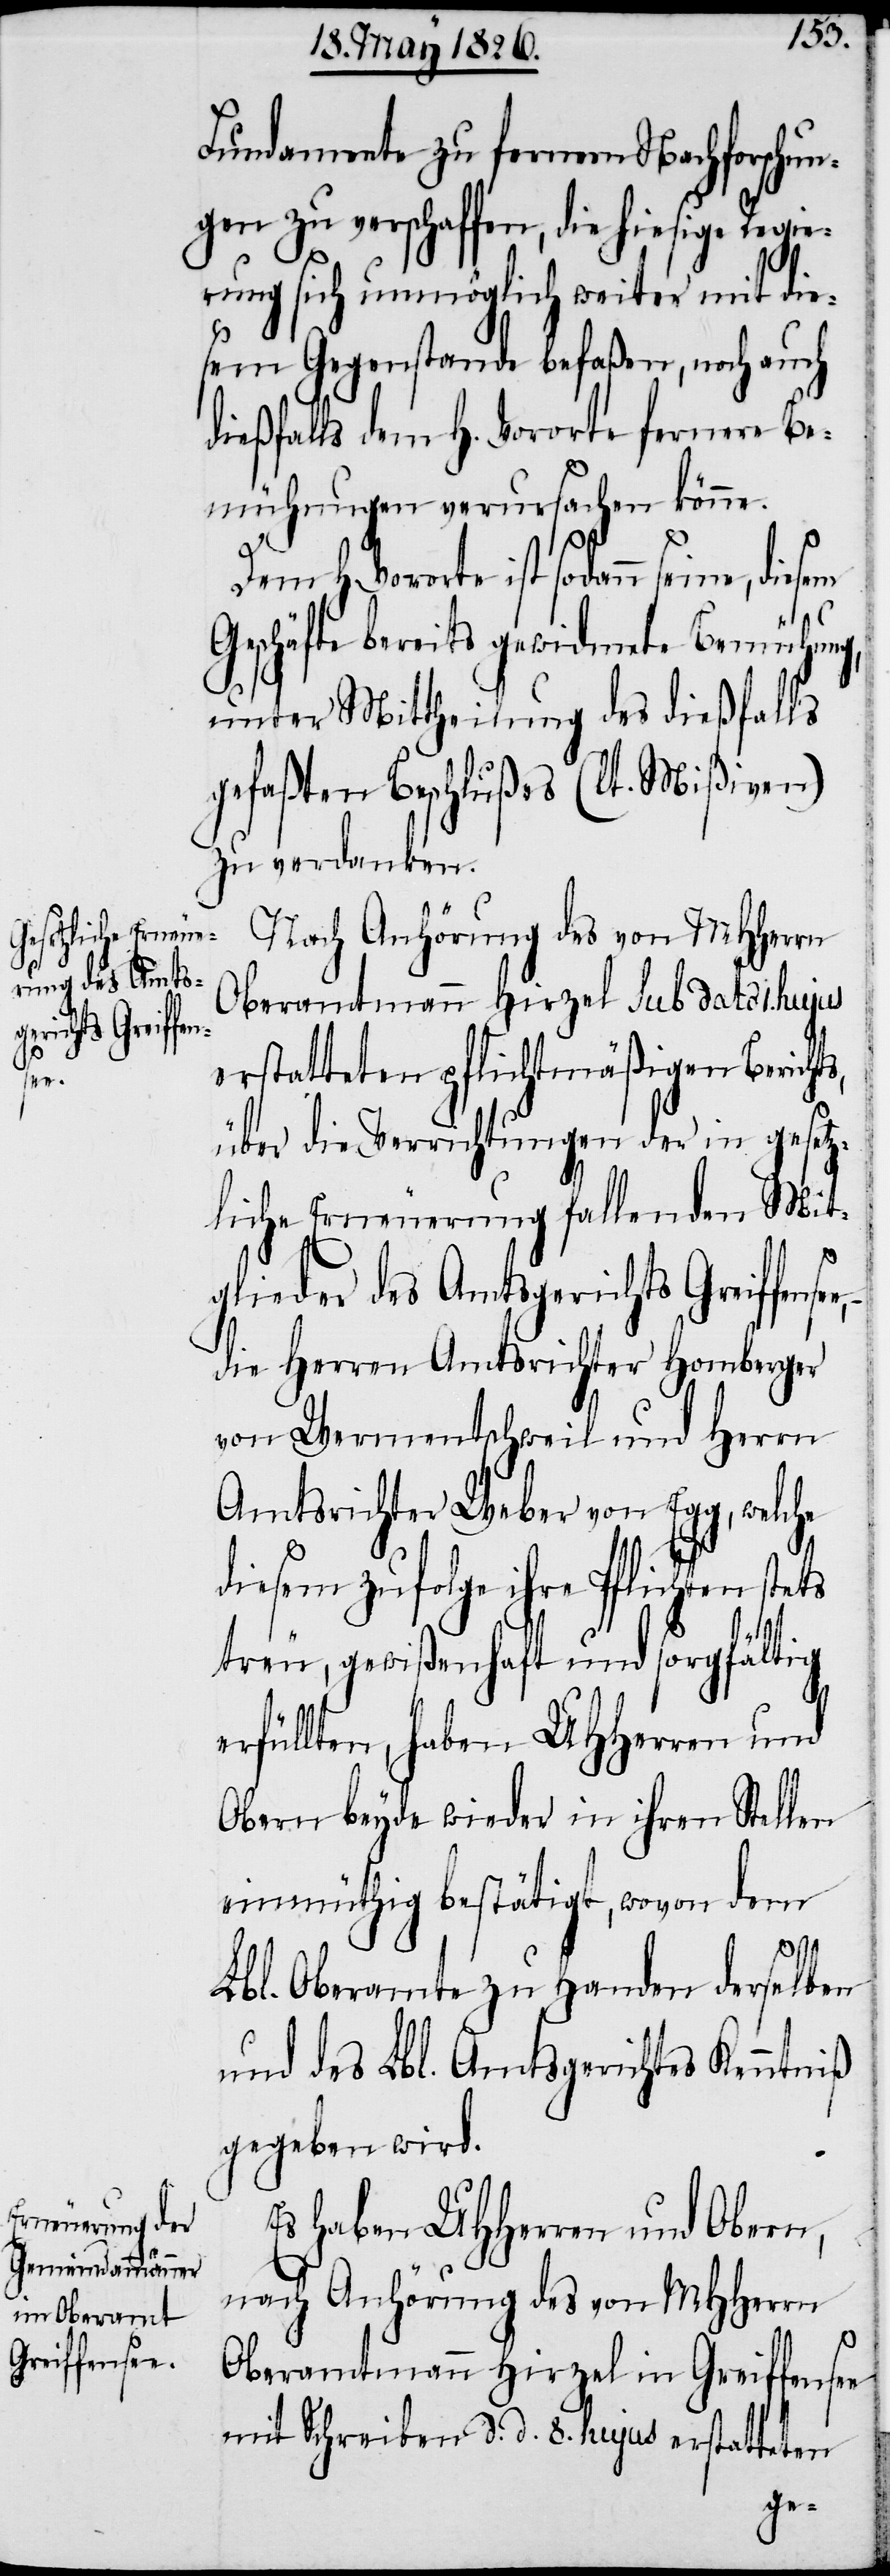
s,
see,

Fundamente zu fernern Nachforschun¬
gen zu verschaffen, die hiesige Regie¬
rung sich unmöglich weiter mit die¬
sem Gegenstande befaßen, noch auch
dießfalls dem H. Vororte fernere Be¬
mühungen verursachen könne.
Dem h. Vororte ist sodann seine,
Geschäfte bereits gewidmete Bemühung,
unter Mittheilung des dießfalls
gefaßten Beschlußes (lt. Mißiven)
zu verdanken.
Nach Anhörung des von MHHerrn
Oberamtmann Hirzel sub dato 1. hujus
erstatteten pflichtmäßigen Bericht¬
über die Verrichtungen der in gesetz¬
liche Erneuerung fallenden Mit¬
glieder des Amtsgerichts Greiffen¬
die Herren Amtsrichter Homberger
von Wermentschweil und Herrn
Amtsrichter Weber von Egg, welche
diesem zufolge ihre Pflichten stets
treu, gewißenhaft und sorgfältig
erfüllten, haben UHHerren und
Obern beyde wieder in ihren Stellen
einmüthig bestätigt, wovon dem
Lbl. Oberamte zu Handen derselben
und des Lbl. Amtsgerichtes Kenntniß
gegeben wird.
Es haben UHHerren und Obern,
nach Anhörung des von MHHerrn
Oberamtmann Hirzel in Greiffensee
mit Schreiben d. d. 8. hujus erstatteten